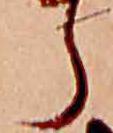
ら